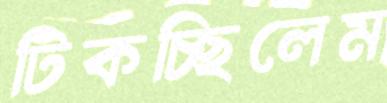
টিকচ্ছিলেম